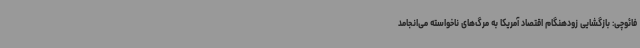
فائوچی: بازگشایی زودهنگام اقتصاد آمریکا به مرگ‌های ناخواسته می‌انجامد